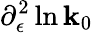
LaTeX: \partial_{\epsilon}^{2}\ln\mathbf{k}_{0}